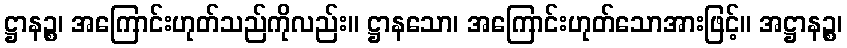
ဋ္ဌာနဉ္စ၊ အကြောင်းဟုတ်သည်ကိုလည်း။ ဋ္ဌာနသော၊ အကြောင်းဟုတ်သောအားဖြင့်။ အဋ္ဌာနဉ္စ၊